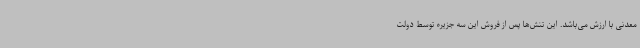
معدنی با ارزش می‌باشد. این تنش‌ها پس از فروش این سه جزیره توسط دولت